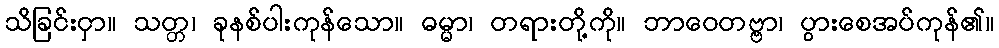
သိခြင်းငှာ။ သတ္တ၊ ခုနစ်ပါးကုန်သော။ ဓမ္မာ၊ တရားတို့ကို။ ဘာဝေတဗ္ဗာ၊ ပွားစေအပ်ကုန်၏။